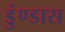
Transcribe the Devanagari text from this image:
डुंण्डास